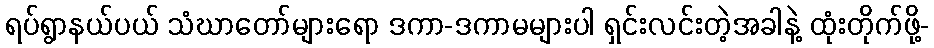
ရပ်ရွာနယ်ပယ် သံဃာတော်များရော ဒကာ-ဒကာမများပါ ရှင်းလင်းတဲ့အခါနဲ့ ထုံးတိုက်ဖို့-